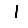
Digit: 1